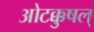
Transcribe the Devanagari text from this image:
ओटक्कुषल्